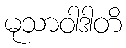
မုသာဝါဒါတိ